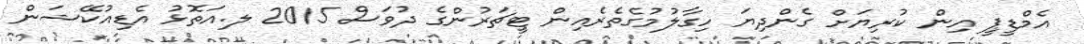
އެމްޑީޕީ އިން ކުރިޔަށް ގެންދިޔަ ހިގާލުމުގެތެރެއިން ޓީޗަރުންގެ ދުވަސް 2015 ލ.އަތޮޅު އެޑިއުކޭޝަން